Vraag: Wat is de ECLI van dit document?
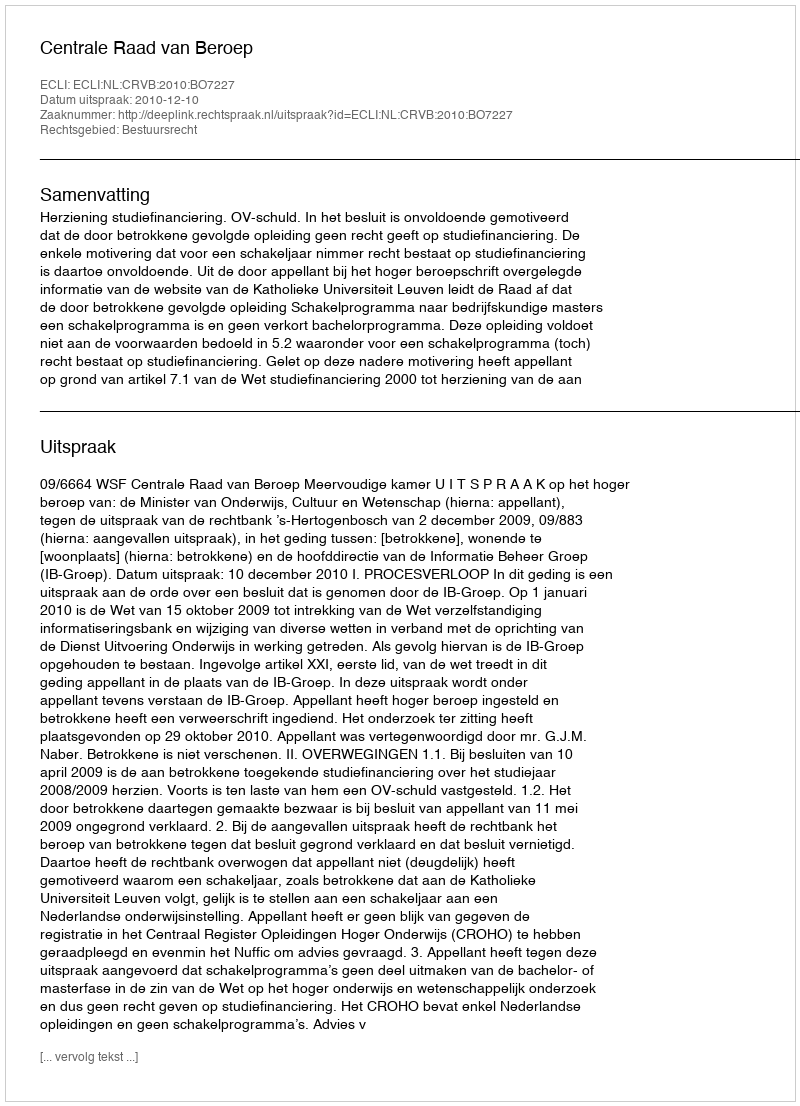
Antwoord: ECLI:NL:CRVB:2010:BO7227